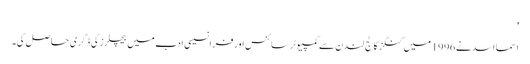
'
اسما اسد نے 1996 میں کنگز کالج لندن سے کمپیوٹر سائنس اور فرانسیسی ادب میں بیچلرز کی ڈگری حاصل کی۔